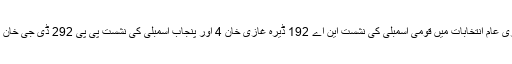
سردار محمد خان لغاری عام انتخابات میں قومی اسمبلی کی نشست این اے 192 ڈیرہ غازی خان 4 اور پنجاب اسمبلی کی نشست پی پی 292 ڈی جی خان 8 سے کامیاب ہوئے۔